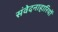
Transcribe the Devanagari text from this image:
संवेदनाहारियों